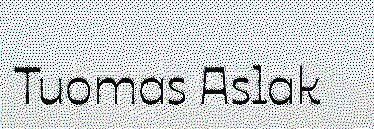
Tuomas Aslak